Indian journal of veterinary science and animal husbandry - Volume 6,
Year: 1936
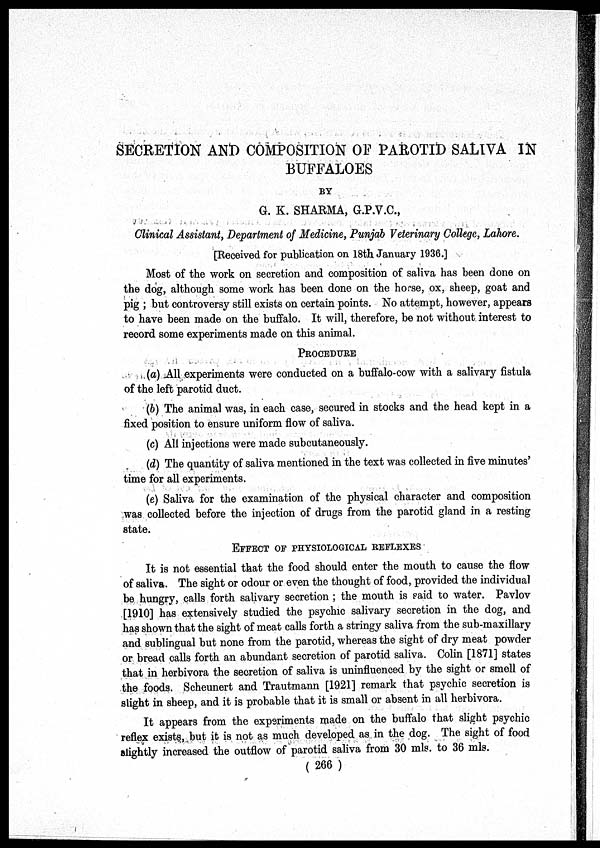
SECRETION AND COMPOSITION OF PAROTID SALIVA IN
BUFFALOES
BY
G. K. SHARMA, G.P.V.C.,
Clinical Assistant, Department of Medicine, Punjab Veterinary College, Lahore.
[Received for publication on 18th January 1936.]
Most of the work on secretion and composition of saliva has been done on
the dog, although some work has been done on the horse, ox, sheep, goat and
pig ; but controversy still exists on certain points. No attempt, however, appears
to have been made on the buffalo. It will, therefore, be not without interest to
record some experiments made on this animal.
PROCEDURE
(a) All experiments were conducted on a buffalo-cow with a salivary fistula
of the left parotid duct.
(b) The animal was, in each case, secured in stocks and the head kept in a
fixed position to ensure uniform flow of saliva.
(c) All injections were made subcutaneously.
(d) The quantity of saliva mentioned in the text was collected in five minutes'
time for all experiments.
(e) Saliva for the examination of the physical character and composition
was collected before the injection of drugs from the parotid gland in a resting
state.
EFFECT OF PHYSIOLOGICAL REFLEXES
It is not essential that the food should enter the mouth to cause the flow
of saliva. The sight or odour or even the thought of food, provided the individual
be hungry, calls forth salivary secretion ; the mouth is said to water. Pavlov
[1910] has extensively studied the psychic salivary secretion in the dog, and
has shown that the sight of meat calls forth a stringy saliva from the sub-maxillary
and sublingual but none from the parotid, whereas the sight of dry meat powder
or bread calls forth an abundant secretion of parotid saliva. Colin [1871] states
that in herbivora the secretion of saliva is uninfluenced by the sight or smell of
the foods. Scheunert and Trautmann [1921] remark that psychic secretion is
slight in sheep, and it is probable that it is small or absent in all herbivora.
It appears from the experiments made on the buffalo that slight psychic
reflex exists, but it. is not as much developed as in the dog. The sight of food
slightly increased the outflow of parotid saliva from 30 mls. to 36 mls.
( 266 )